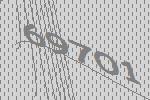
69701